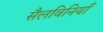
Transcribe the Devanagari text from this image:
सैलविनियाँ